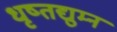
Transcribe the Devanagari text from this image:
धृष्तद्युम्न